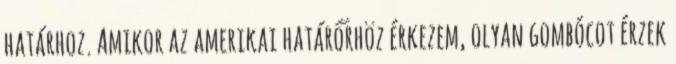
határhoz. Amikor az amerikai határőrhöz érkezem, olyan gombócot érzek